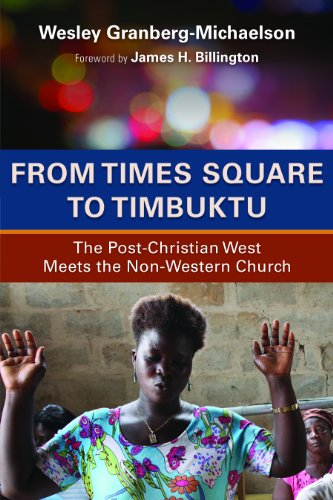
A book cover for From Times Square to Timbuktu: The Post-Christian West Meets the Non-Western Church; Wesley Granberg-Michaelson; Christian Books & Bibles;